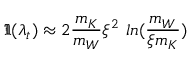
\Im ( \lambda _ { t } ) \approx 2 \frac { m _ { K } } { m _ { W } } \xi ^ { 2 } ~ l n ( \frac { m _ { W } } { \xi m _ { K } } )